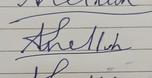
Signature authenticity: forged